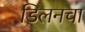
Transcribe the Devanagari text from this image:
डिलनचा